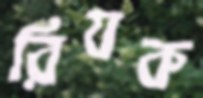
রিযক